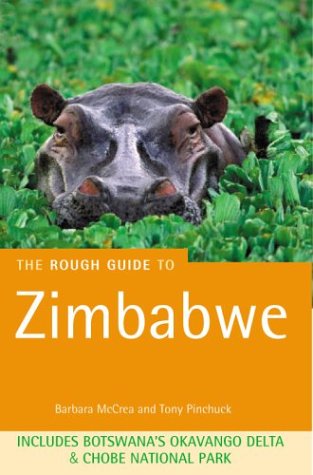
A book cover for The Rough Guide to Zimbabwe 4 (Rough Guide Travel Guides); Barbara McCrea; Travel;